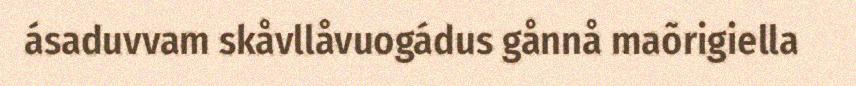
ásaduvvam skåvllåvuogádus gånnå maõrigiella